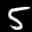
Label: 5